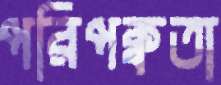
পরিপক্বতা